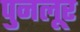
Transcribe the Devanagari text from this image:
पुनलूर